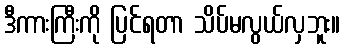
ဒီကားကြီးကို ပြင်ရတာ သိပ်မလွယ်လှဘူး။